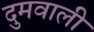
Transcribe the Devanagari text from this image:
दुमवाली